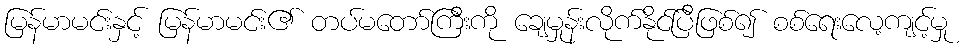
မြန်မာမင်းနှင့် မြန်မာမင်း၏ တပ်မတော်ကြီးကို ချေမှုန်းလိုက်နိုင်ပြီဖြစ်၍ စစ်ရေးလေ့ကျင့်မှု